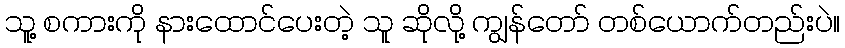
သူ့ စကားကို နားထောင်ပေးတဲ့ သူ ဆိုလို့ ကျွန်တော် တစ်ယောက်တည်းပဲ။